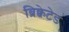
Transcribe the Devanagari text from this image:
ब्रिक्वेटेड